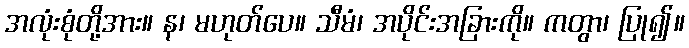
အလုံးစုံတို့အား။ န၊ မဟုတ်ပေ။ သီမံ၊ အပိုင်းအခြားကို။ ကတွာ၊ ပြု၍။